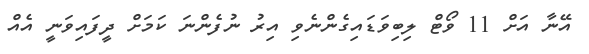
އޭނާ އަށް 11 ވޯޓް ލިބިވަޑައިގެންނެވި އިރު ނުފެންނަ ކަމަށް ދީފައިވަނީ އެއް